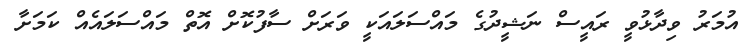
އުމަރު ވިދާޅުވީ ރައީސް ނަޝީދުގެ މައްސަލައަކީ ވަރަށް ސާފުކޮށް އޮތް މައްސަލައެއް ކަމަށާ